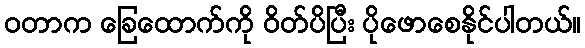
ဝတာက ခြေထောက်ကို ဝိတ်ပိပြီး ပိုဖောစေနိုင်ပါတယ်။